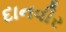
દાનવીર